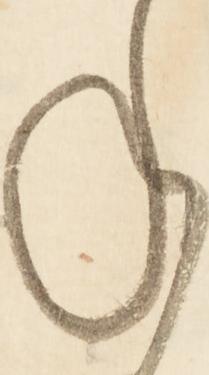
ね